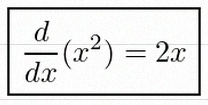
\frac{d}{dx}(x^2)=2x